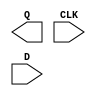
module sky130_fd_sc_hd__dfxtp (
    Q  ,
    CLK,
    D
);

    output Q  ;
    input  CLK;
    input  D  ;

    // Voltage supply signals
    supply1 VPWR;
    supply0 VGND;
    supply1 VPB ;
    supply0 VNB ;

endmodule